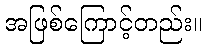
အဖြစ်ကြောင့်တည်း။